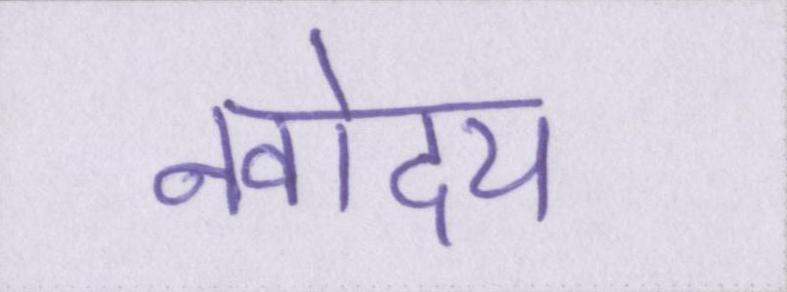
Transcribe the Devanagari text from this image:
नवोदय